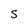
Character: S